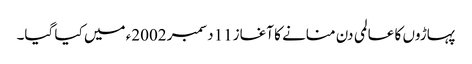
پہاڑوں کا عالمی دن منانے کا آغاز11 دسمبر 2002ء میں کیا گیا۔